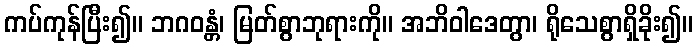
ကပ်ကုန်ပြီး၍။ ဘဂဝန္တံ၊ မြတ်စွာဘုရားကို။ အဘိဝါဒေတွာ၊ ရိုသေစွာရှိခိုး၍။